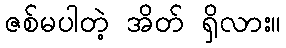
ဇစ်မပါတဲ့ အိတ် ရှိလား။